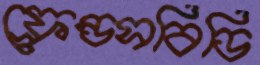
ফ্রেন্ডসবিডি